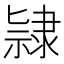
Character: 𨽻